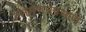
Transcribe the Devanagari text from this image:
जनगणनेप्रमाणे